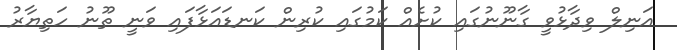
އަނިލް ވިދާޅުވީ ގާނޫނުގައި ކުށެއް ކަމުގައި ކުރިން ކަނޑައަޅާފައި ވަނީ ތޫނު ހަތިޔާރު